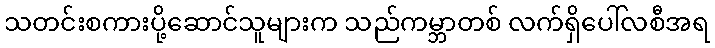
သတင်းစကားပို့ဆောင်သူများက သည်ကမ္ဘာတစ် လက်ရှိပေါ်လစီအရ